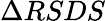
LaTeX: \Delta RSDS